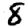
Digit: 8